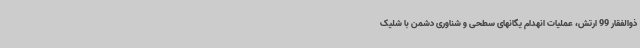
ذوالفقار 99 ارتش، عملیات انهدام یگانهای سطحی و شناوری دشمن با شلیک